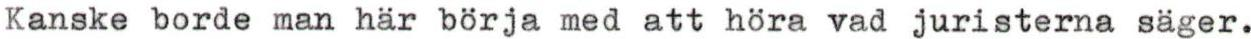
Kanske borde man här börja med att höra vad juristerna säger.